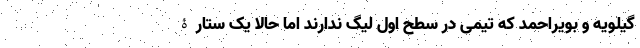
گیلویه و بویراحمد که تیمی در سطح اول لیگ ندارند اما حالا یک ستارۀ